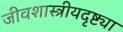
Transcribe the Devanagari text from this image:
जीवशास्त्रीयदृष्ट्या